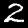
Digit: 2